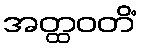
အတ္ထဝတိံ